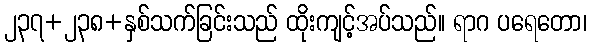
၂၃၇+၂၃၈+နှစ်သက်ခြင်းသည် ထိုးကျင့်အပ်သည်။ ရာဂ ပရေတော၊